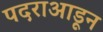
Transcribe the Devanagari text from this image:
पदराआडून